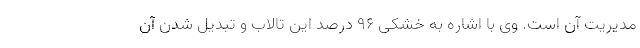
مدیریت آن است. وی با اشاره به خشکی ۹۶ درصد این تالاب و تبدیل شدن آن